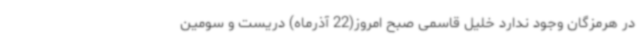
در هرمزگان وجود ندارد خلیل قاسمی صبح امروز(22 آذرماه) دریست و سومین